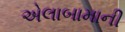
એલાબામાની